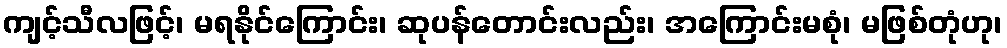
ကျင့်သီလဖြင့်၊ မရနိုင်ကြောင်း၊ ဆုပန်တောင်းလည်း၊ အကြောင်းမစုံ၊ မဖြစ်တုံဟု၊